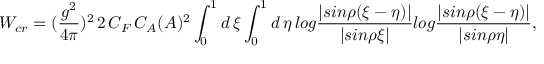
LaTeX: W _ { c r } = ( { \frac { g ^ { 2 } } { 4 \pi } } ) ^ { 2 } \, 2 \, C _ { F } \, C _ { A } ( { \cal A } ) ^ { 2 } \int _ { 0 } ^ { 1 } d \, \xi \int _ { 0 } ^ { 1 } d \, \eta \, l o g { \frac { | s i n \rho ( \xi - \eta ) | } { | s i n \rho \xi | } } l o g { \frac { | s i n \rho ( \xi - \eta ) | } { | s i n \rho \eta | } } ,